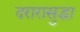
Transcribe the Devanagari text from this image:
दरारासुद्धा